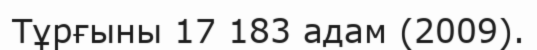
Тұрғыны 17 183 адам (2009).